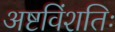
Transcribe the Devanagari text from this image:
अष्टविंशतिः